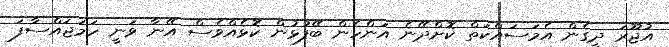
އުޖޫރަ ދީގެން އެމަސައްކަތް ކޮށްދޭނެ އަންހެން ބޭފުޅުން ކޮޅެއްވެސް އޭނާ ވަނީ ހަމަޖައްސާފަ